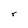
Character: r